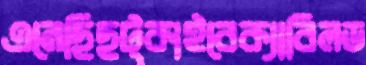
এনেছিছট্‌কাইবেক্যাবিলড